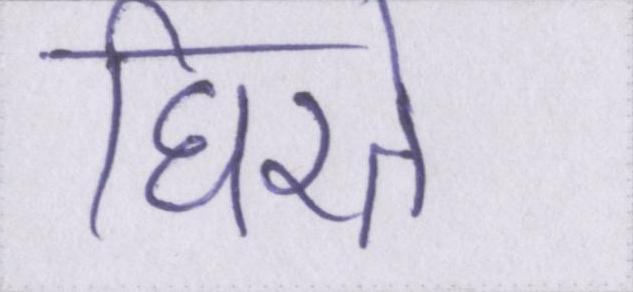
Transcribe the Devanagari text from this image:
घिरते